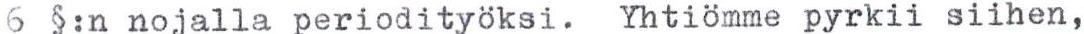
6 §:n nojalla periodityöksi. Yhtiömme pyrkii siihen,